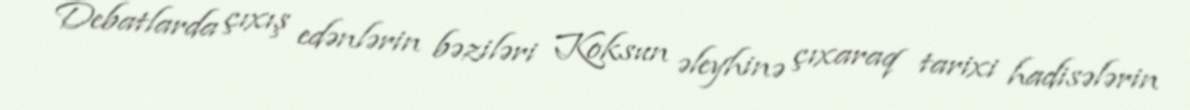
Debatlarda çıxış edənlərin bəziləri Koksun əleyhinə çıxaraq tarixi hadisələrin